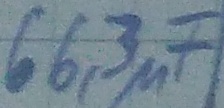
Text: 66,3µF